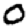
Digit: 0